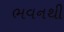
ભવનથી